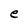
Character: e